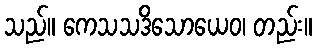
သည်။ ကေသသဒိသောယေဝ၊ တည်း။